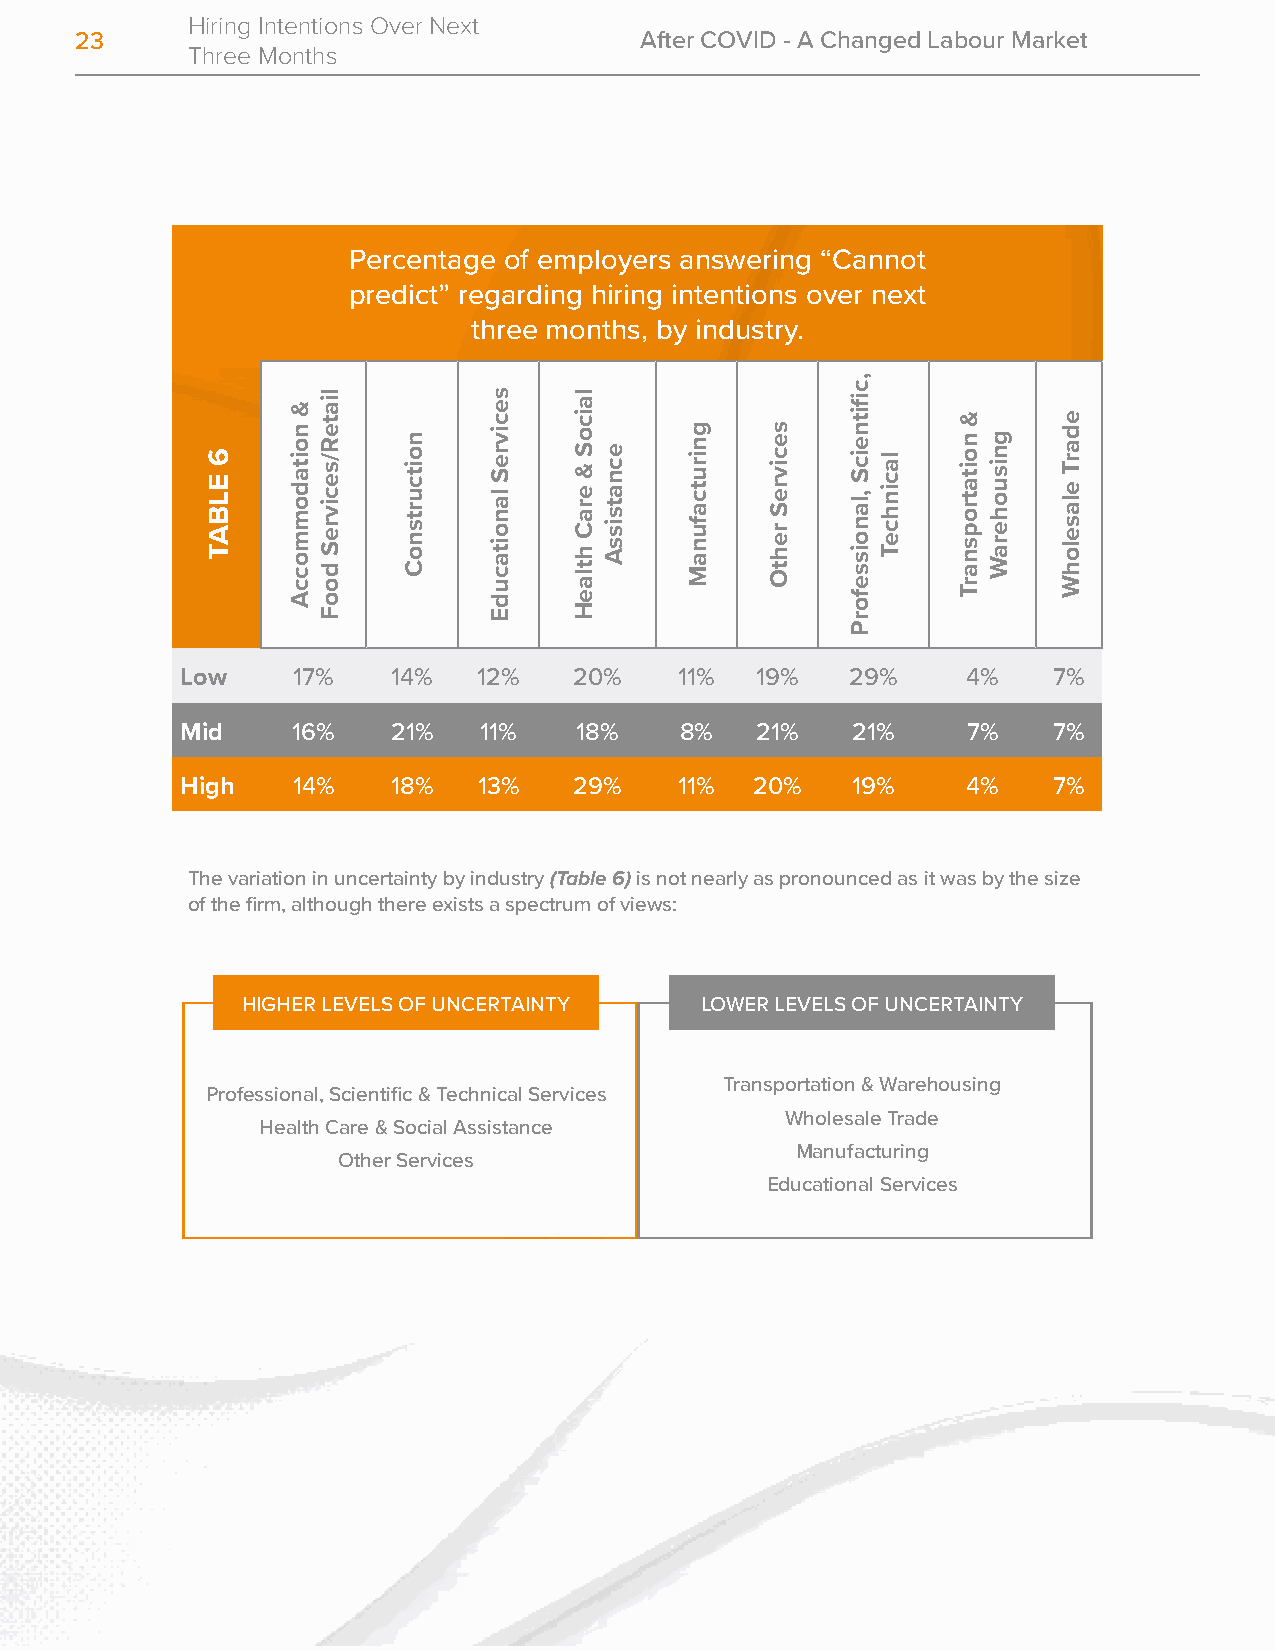
Hiring Intentions Over Next
 23                                   After COVID - A Changed Labour Market
 Three Months
 Percentage of employers answering “Cannot
 predict” regarding hiring intentions over next
 three months, by industry.
 Low    17%    14%   12%   20%    11%  19%   29%     4%    7%
 Mid    16%    21%   11%   18%    8%   21%   21%     7%    7%
 High   14%    18%   13%   29%    11%  20%   19%     4%    7%
 The variation in uncertainty by industry (Table 6) is not nearly as pronounced as it was by the size
 of the firm, although there exists a spectrum of views:
 HIGHER LEVELS OF UNCERTAINTY  LOWER LEVELS OF UNCERTAINTY
 Transportation & Warehousing
 Professional, Scientific & Technical Services
 Wholesale Trade
 Health Care & Social Assistance
 Manufacturing
 Other Services
 Educational Services
 6
 ELBAT
 &
 noitadommoccA
 liateR/secivreS
 dooF
 noitcurtsnoC
 secivreS
 lanoitacudE
 laicoS
 &
 eraC
 htlaeH
 ecnatsissA
 gnirutcafunaM secivreS
 rehtO
 ,cfiitneicS
 ,lanoisseforP
 lacinhceT
 &
 noitatropsnarT gnisuoheraW
 edarT
 elaselohW